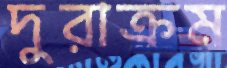
দুরাক্রম